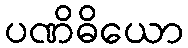
ပဏိဓိယော